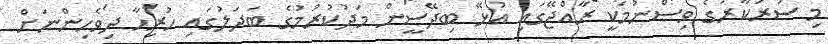
މި ސަރުކާރުގެ ވިސްނުމަކީ ރާއްޖޭގައި އުޅޭ ބިދޭސީން މަދުކުރުމުގެ ބަދަލުގައި ހުރިހާ ދިވެހިންނަށް